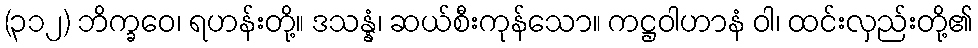
(၃၁၂) ဘိက္ခဝေ၊ ရဟန်းတို့။ ဒသန္နံ၊ ဆယ်စီးကုန်သော။ ကဋ္ဌဝါဟာနံ ဝါ၊ ထင်းလှည်းတို့၏